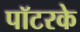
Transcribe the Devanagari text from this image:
पॉटरके